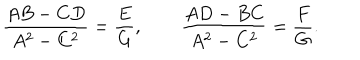
{ \frac { A B - C D } { A ^ { 2 } - C ^ { 2 } } } = { \frac { E } { G } } , \qquad { \frac { A D - B C } { A ^ { 2 } - C ^ { 2 } } } = { \frac { F } { G } } .